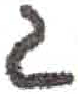
אות: ג